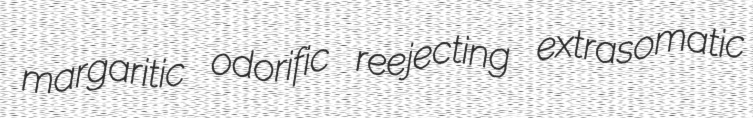
margaritic odorific reejecting extrasomatic